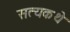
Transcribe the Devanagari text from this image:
सत्यकथे